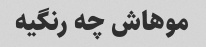
موهاش چه رنگیه